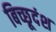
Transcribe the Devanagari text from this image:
बिच्छूदंश